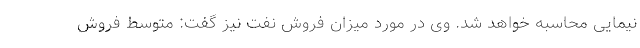
نیمایی محاسبه خواهد شد. وی در مورد میزان فروش نفت نیز گفت: متوسط فروش